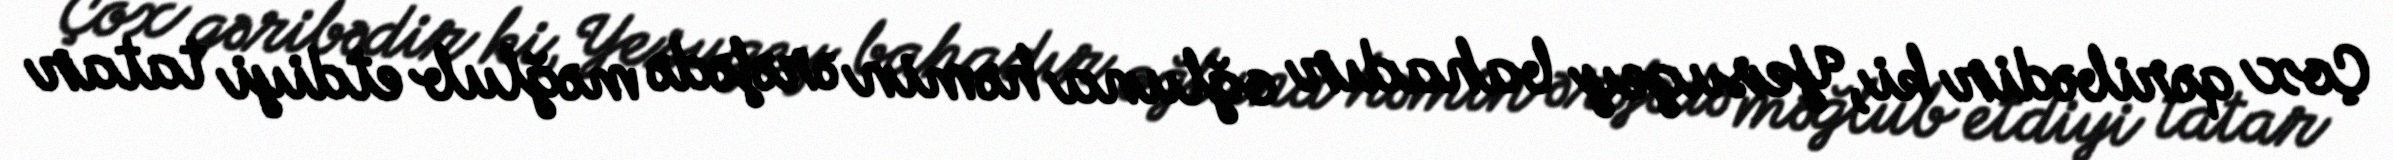
Çox qəribədir ki, Yesugey bahadır oğluna həmin ərəfədə məğlub etdiyi tatar